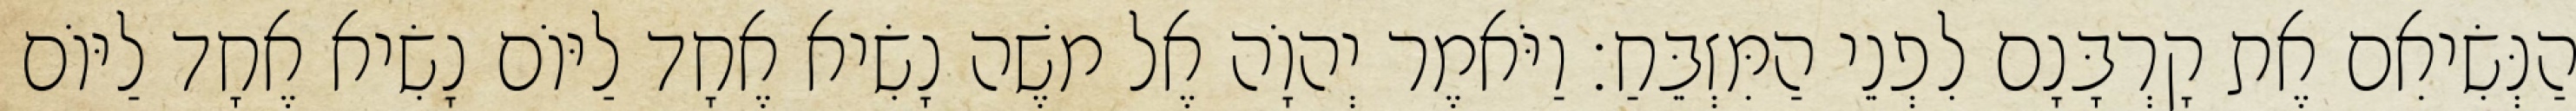
הַנְּשִׂיאִם אֶת קָרְבָּנָם לִפְנֵי הַמִּזְבֵּחַ׃ וַיֹּאמֶר יְהוָֹה אֶל משֶׁה נָשִׂיא אֶחָד לַיּוֹם נָשִׂיא אֶחָד לַיּוֹם